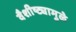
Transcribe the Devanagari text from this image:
वैशीष्ट्यामुळे